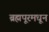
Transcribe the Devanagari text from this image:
ब्रह्मपूरमधून